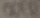
Text: ODER